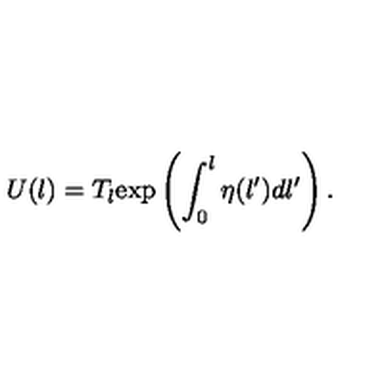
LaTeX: U ( l ) = T _ { l } \mathrm { e x p } \left( \int _ { 0 } ^ { l } \eta ( l ^ { \prime } ) d l ^ { \prime } \right) .